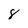
Character: 8